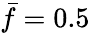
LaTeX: \bar{f}=0.5